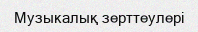
Музыкалық зерттеулері